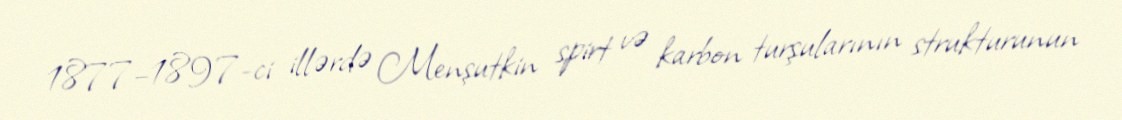
1877–1897-ci illərdə Menşutkin spirt və karbon turşularının strukturunun